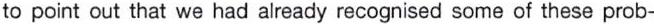
to point out that we had already recognised some of these prob-